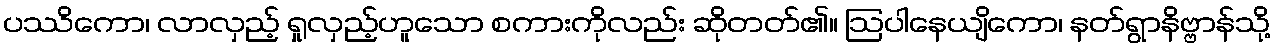
ပဿိကော၊ လာလှည့် ရှုလှည့်ဟူသော စကားကိုလည်း ဆိုတတ်၏။ ဩပါနေယျိကော၊ နတ်ရွာနိဗ္ဗာန်သို့